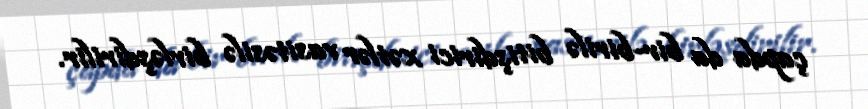
çapda da bir-birilə bitişdirici xətlər vasitəsilə birləşdirilir.